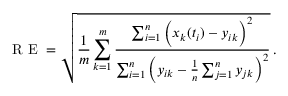
\mathrm { ~ R ~ E ~ } = \sqrt { \frac { 1 } { m } \sum _ { k = 1 } ^ { m } \frac { \sum _ { i = 1 } ^ { n } \Big ( x _ { k } ( t _ { i } ) - y _ { i k } \Big ) ^ { 2 } } { \sum _ { i = 1 } ^ { n } \Big ( y _ { i k } - \frac { 1 } { n } \sum _ { j = 1 } ^ { n } y _ { j k } \Big ) ^ { 2 } } } \, .